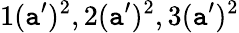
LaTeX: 1(\mathtt{a}^{\prime})^{2},2(\mathtt{a}^{\prime})^{2},3(\mathtt{a}^{\prime})^{2}